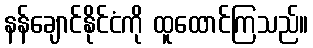
နန်ချောင်နိုင်ငံကို ထူထောင်ကြသည်။